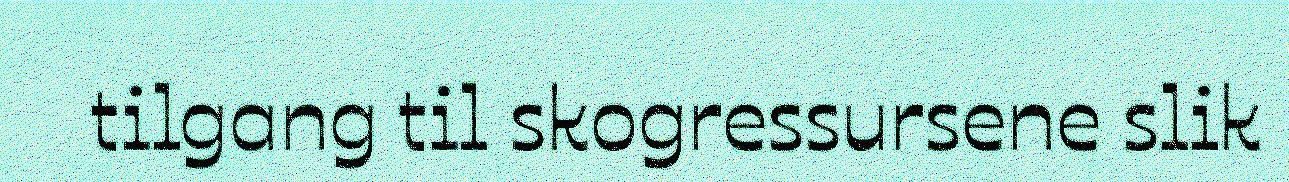
tilgang til skogressursene slik